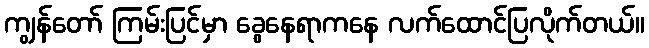
ကျွန်တော် ကြမ်းပြင်မှာ ခွေနေရာကနေ လက်ထောင်ပြလိုက်တယ်။